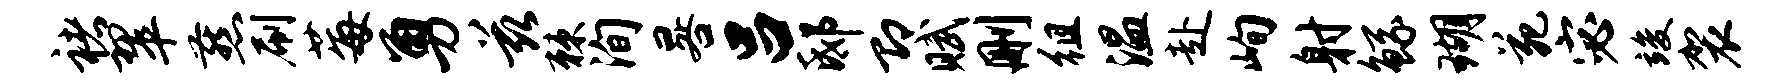
褚翠燕刷莓勇兹棘洵晷吕邸即赋删徂温赴峋射鲧瑚苑宓竣袈